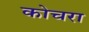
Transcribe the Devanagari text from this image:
कोचरा